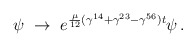
\begin{align*}\psi~\rightarrow~\displaystyle{e^{\frac{\mu}{12}(\gamma^{14}+\gamma^{23}-\gamma^{56})t}\psi\,.}\end{align*}